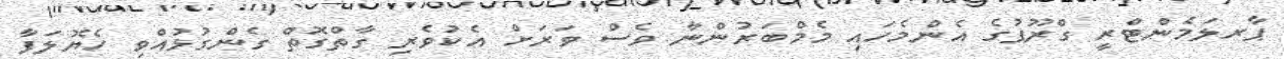
ޕާރލަމެންޓްރީ ގްރޫޕުގެ އެންމެހައި މެމްބަރުންނާ ވެސް ވަރަށް އެކުވެރި ގާތްގޮތް ގެންގުޅުއްވި ހެޔޮލަފާ